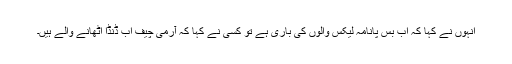
انہوں نے کہا کہ اب بس پانامہ لیکس والوں کی باری ہے تو کسی نے کہا کہ آرمی چیف اب ڈنڈا اٹھانے والے ہیں۔